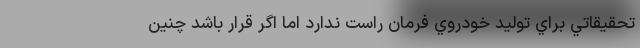
تحقيقاتي براي توليد خودروي فرمان راست ندارد اما اگر قرار باشد چنين